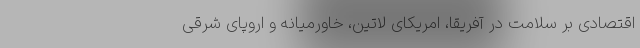
اقتصادی بر سلامت در آفریقا، امریکای لاتین، خاورمیانه و اروپای شرقی